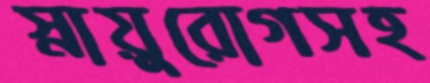
স্নায়ুরোগসহ